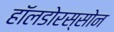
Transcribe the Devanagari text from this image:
हॉलडोरस्सोन